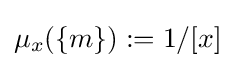
\mu _{x}(\{m\}):=1/[x]